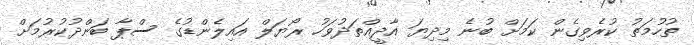
ތުހުމަތު ކުރެވިގެން ކަމަށް ބުނެ މިދިޔަ އާދީއްތަދުވަހު ރޯޔަލް އައިލެންޑުގެ ސްޕާ ބަންދުކުރުމަށް